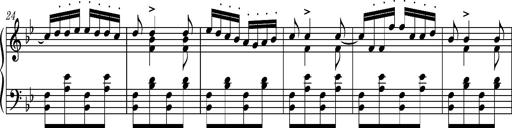
Title: Ungarische Nationalmelodien, S.243
Composer: Franz Liszt